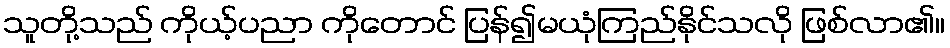
သူတို့သည် ကိုယ့်ပညာ ကိုတောင် ပြန်၍မယုံကြည်နိုင်သလို ဖြစ်လာ၏။